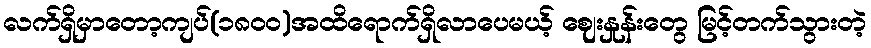
လက်ရှိမှာတော့ကျပ်(၁၈၀၀)အထိရောက်ရှိလာပေမယ့် ဈေးနှုန်းတွေ မြင့်တက်သွားတဲ့